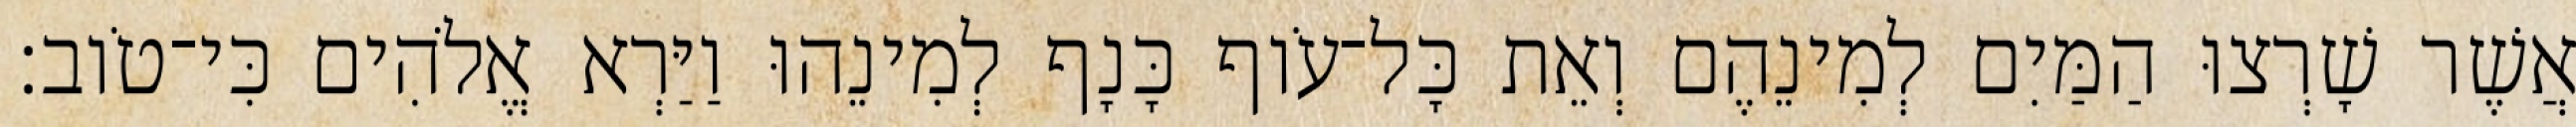
אֲשֶׁר שָׁרְצוּ הַמַּיִם לְמִינֵהֶם וְאֵת כָּל־עֹוף כָּנָף לְמִינֵהוּ וַיַּרְא אֱלֹהִים כִּי־טֹוב׃